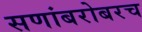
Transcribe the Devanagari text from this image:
सणांबरोबरच